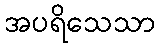
အပရိသေသာ